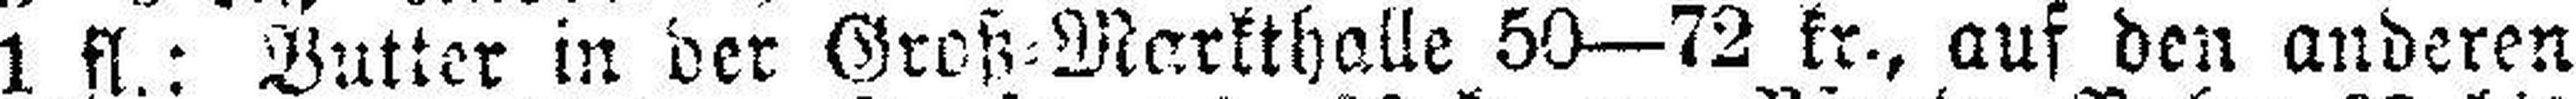
1 fl.: Butter in der Groß=Markthalle 50—72 kr., auf den anderen